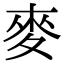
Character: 麥